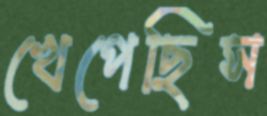
খেপেছিস